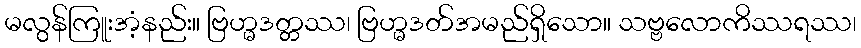
မလွန်ကြူးအံ့နည်း။ ဗြဟ္မဒတ္တဿ၊ ဗြဟ္မဒတ်အမည်ရှိသော။ သဗ္ဗလောကိဿရဿ၊